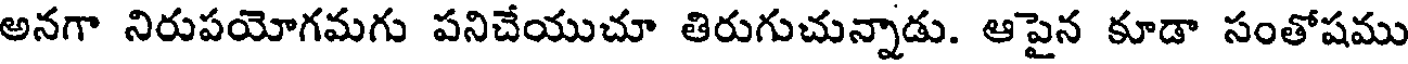
అనగా నిరుపయోగమగు పనిచేయుచూ తిరుగుచున్నాడు. ఆపైన కూడా సంతోషము